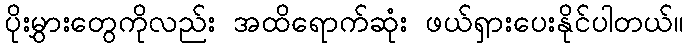
ပိုးမွှားတွေကိုလည်း အထိရောက်ဆုံး ဖယ်ရှားပေးနိုင်ပါတယ်။